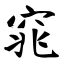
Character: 窕